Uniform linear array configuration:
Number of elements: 12
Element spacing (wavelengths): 0.5
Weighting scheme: exponential
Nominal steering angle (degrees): -60
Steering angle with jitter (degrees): -58.436
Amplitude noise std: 0.05
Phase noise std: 0.05

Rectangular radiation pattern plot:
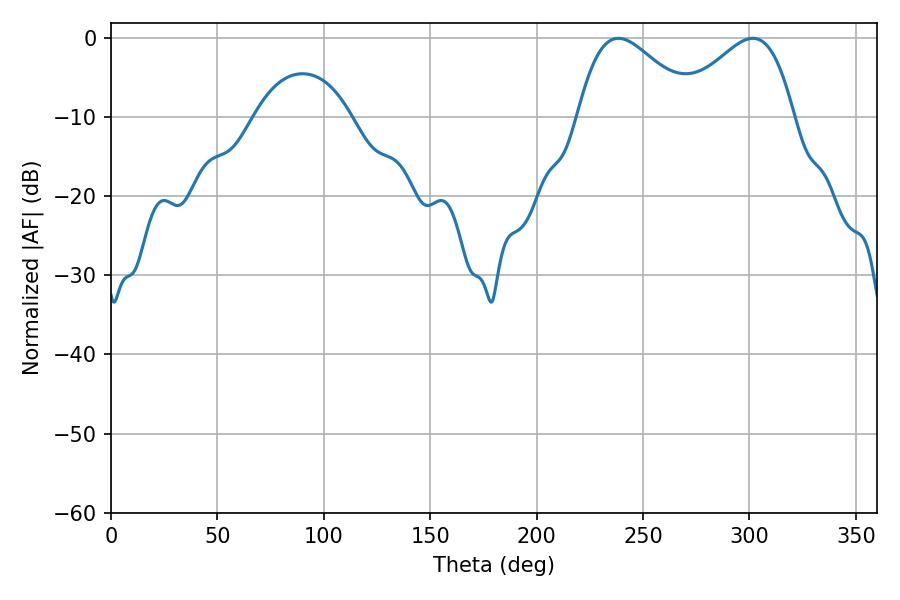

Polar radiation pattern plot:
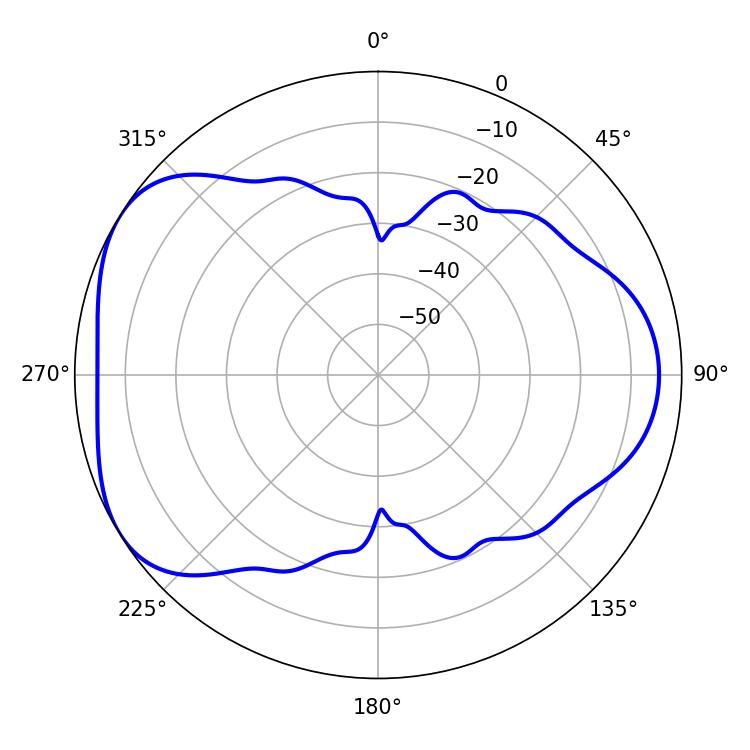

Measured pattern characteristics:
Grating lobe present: FALSE
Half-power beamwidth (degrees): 29.34
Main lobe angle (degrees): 238.5